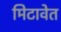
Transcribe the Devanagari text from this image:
मिटावेत